Vaccination in Burma 1920-1933 - 1920-1933
Year: 1920
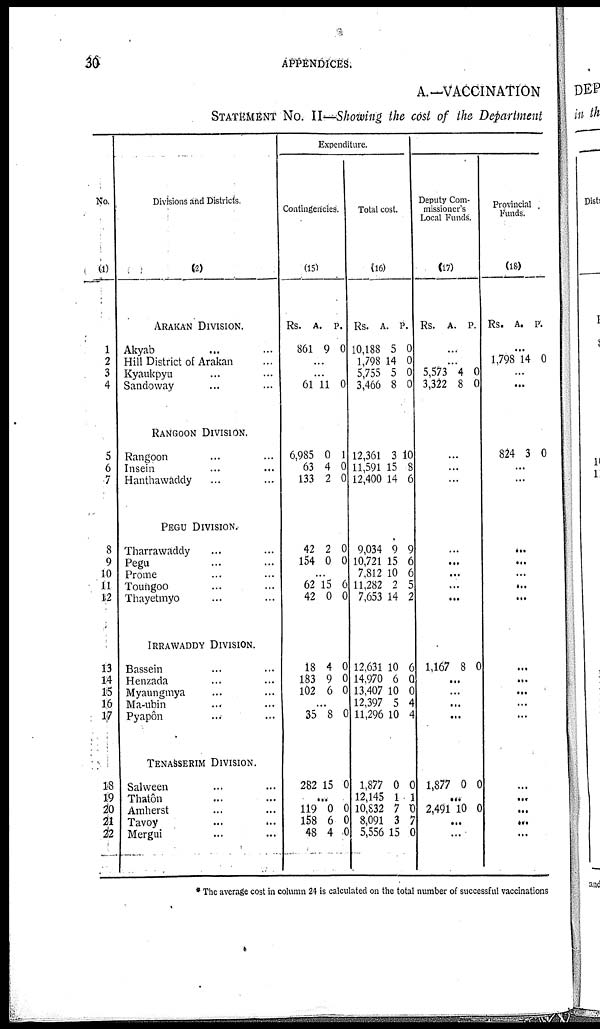
30
APPENDICES.
A.—VACCINATION
STATEMENT No. II—Showing the cost of the Department
No.
(1)
1
2
3
4
5
6
7
8
9
10
11
12
13
14
15
16
17
18
19
20
21
22
Divisions and District.
(2)
ARAKAN DIVISION.
Akyab ... ...
Hill District of Arakan ...
Kyaukpyu ... ...
Sandoway ... ...
RANGOON DIVISION.
Rangoon ... ...
Insein ... ...
Hanthawaddy ... ...
PEGU DIVISION.
Tharrawaddy ... ...
Pegu ... ...
Prome ... ...
Touhgoo ... ...
Thayetmyo ... ...
IRRAWADDY DIVISION.
Bassein ... ...
Henzada ... ...
Myaungmya ... ...
Ma-ubin ... ...
Pyapôn ... ...
TENASSERIM DIVISION.
Salween ... ...
Thatôn ... ...
Amherst ... ...
Tavoy ... ...
Mergui ... ...
Expenditure.
Contingencies.
(15)
Rs.
861
A.
9
P.
0
...
...
61 11 0
6,985
63
133
0
4
2
1
0
0
42
154
2
0
0
0
...
62
42
15
0
6
0
18
183
102
4
9
6
0
0
0
...
35 8 0
282 15 0
...
119
158
48
0
6
4
0
0
0
Total cost.
(16)
Rs.
10,188
1,798
5,755
3,466
A.
5
14
5
8
P.
0
0
0
0
12,361
11,591
12,400
3
15
14
10
8
6
9,034
10,721
7,812
11,282
7,653
9
15
10
2
14
9
6
6
5
2
12,631
14,970
13,407
12,397
11,296
10
6
10
5
10
6
0
0
4
4
1,877
12,145
10,832
8,091
5,556
0
1
7
3
15
0
1
0
7
0
Deputy Com-
missioner's
Local Funds.
(17)
Rs.
A. P.
...
...
5,573
3,322
4
8
0
0
...
...
...
...
...
...
...
...
1,167 8 0
...
...
...
...
1,877 0 0
...
2,491 10 0
...
...
Provincial
Funds.
(18)
Rs. A. P.
...
1,798 14 0
...
...
824 3 0
...
...
...
...
...
...
...
...
...
...
...
...
...
...
...
...
...
* The average cost in column 24 is calculated on the total number of successful vaccinations